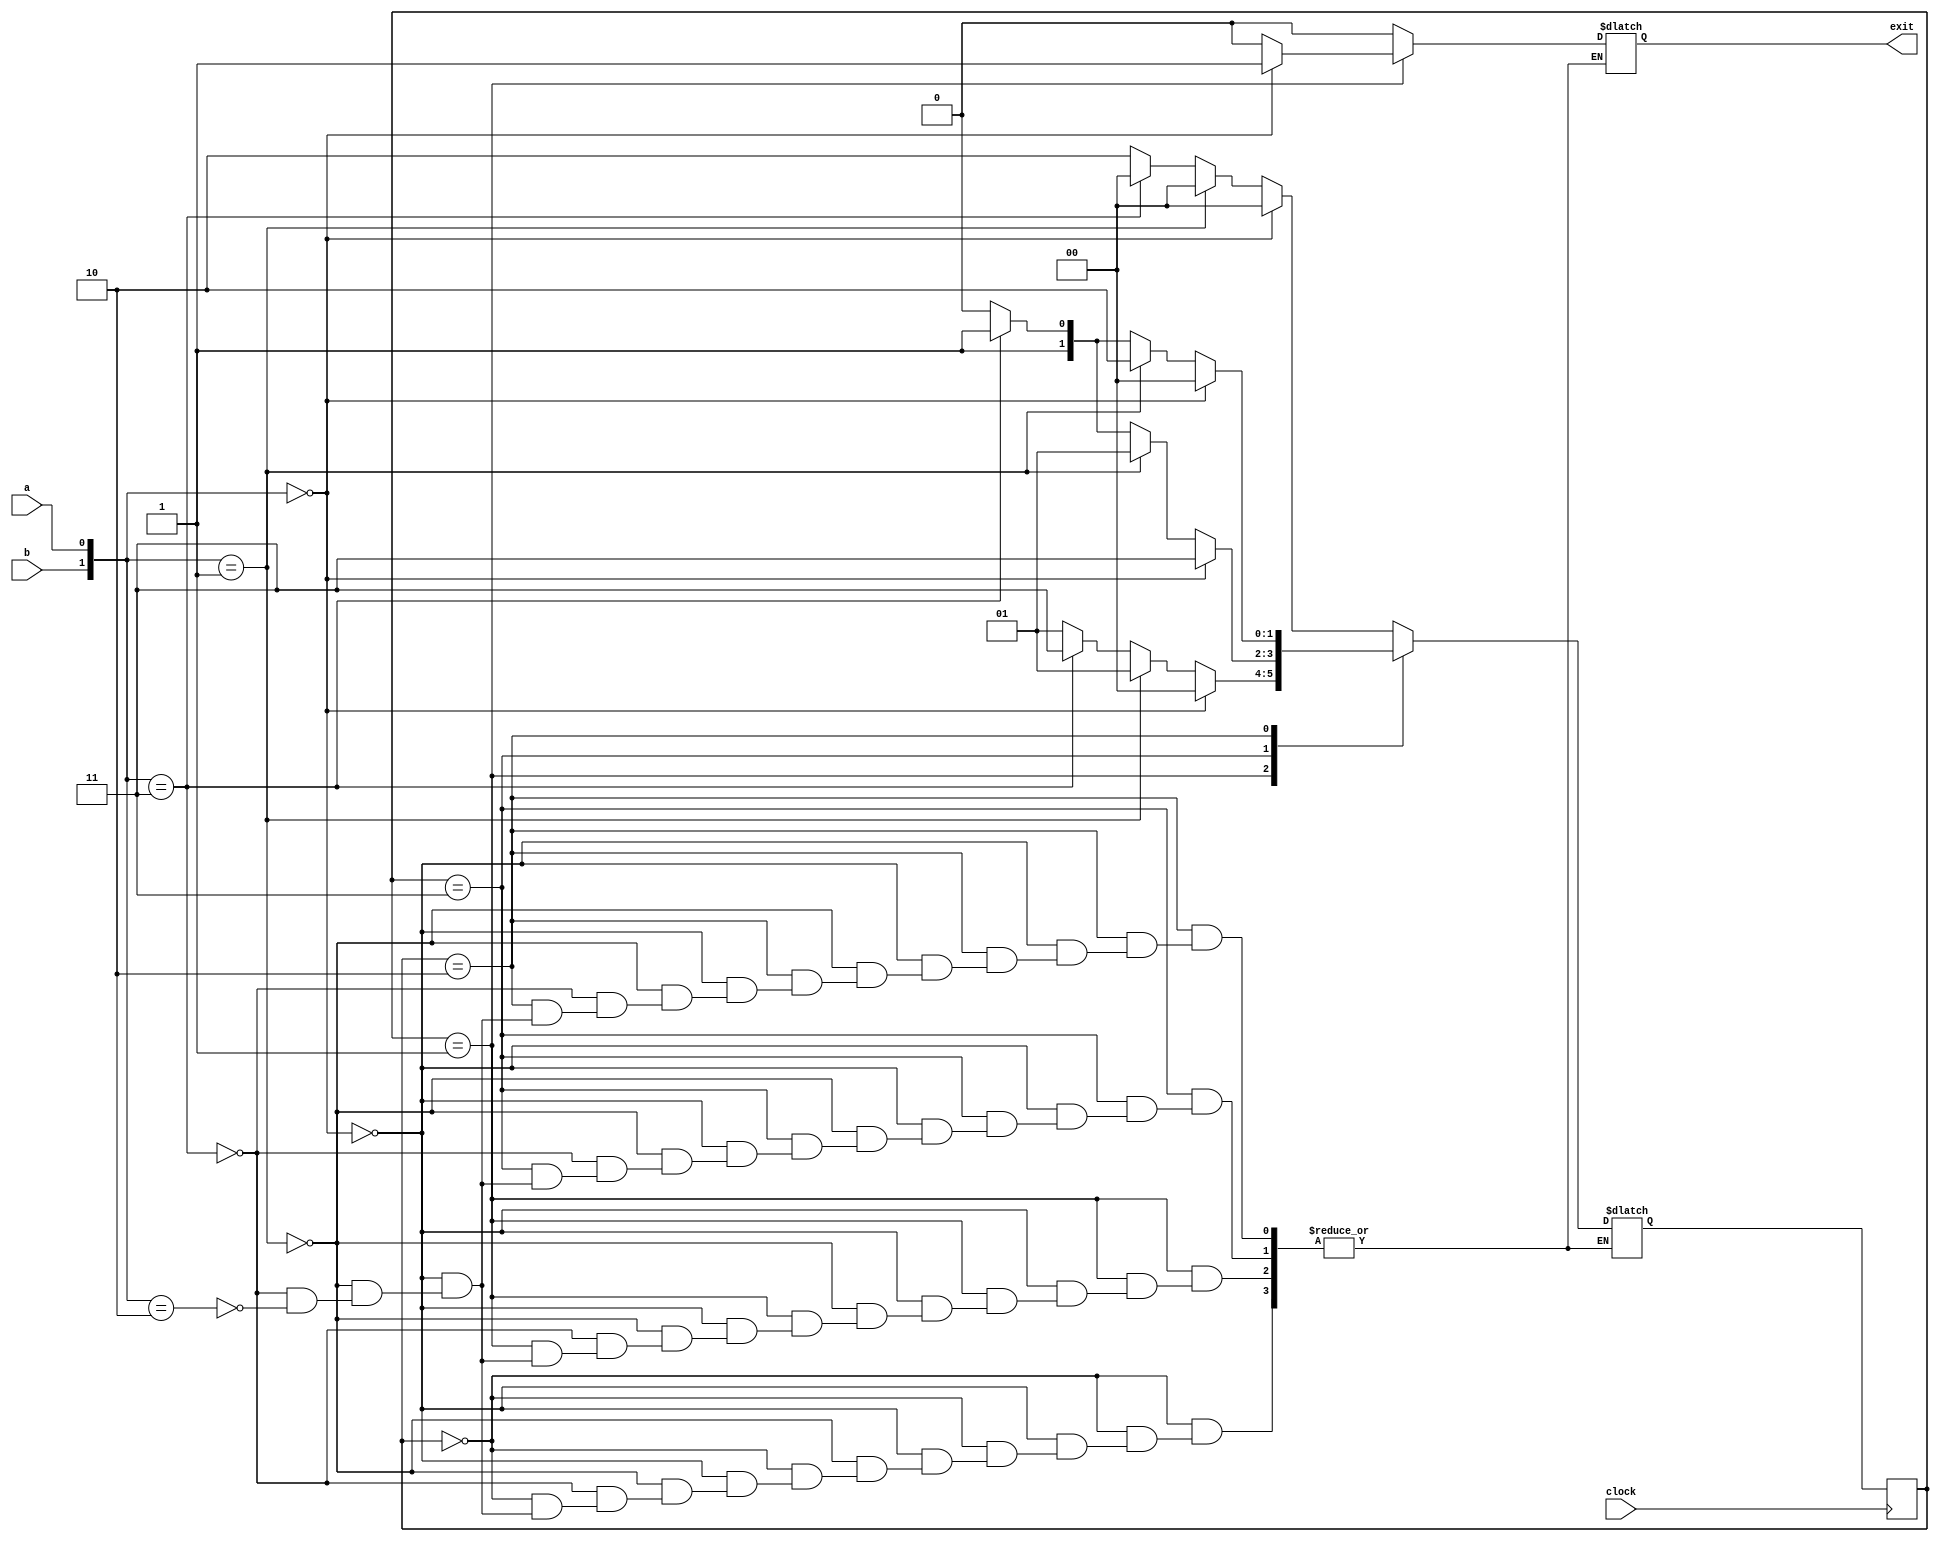
module exit_fsm
    (input a, input b, input clock,
    output reg exit);
    reg [1:0]y, Y;
    parameter [1:0]A = 2'b00, B = 2'b01, C = 2'b11, D = 2'b10;
    always@(a, b, y) case (y)
        A: if ({b,a} == A) begin
            Y = A;
            exit = 0;
        end else if ({b,a} == B) begin
            Y = A;
            exit = 0;
        end else if ({b,a} == C) begin
            Y = A;
            exit = 0;
        end else if ({b,a} == D) begin
            Y = D;
            exit = 0;
        end
        B: if ({b,a} == A) begin
            Y = A;
            exit = 1;
        end else if ({b,a} == B) begin
            Y = B;
            exit = 0;
        end else if ({b,a} == C) begin
            Y = C;
            exit = 0;
        end else if ({b,a} == D) begin
            Y = B;
            exit = 0;
        end
        C: if ({b,a} == A) begin
            Y = C;
            exit = 0;
        end else if ({b,a} == B) begin
            Y = B;
            exit = 0;
        end else if ({b,a} == C) begin
            Y = C;
            exit = 0;
        end else if ({b,a} == D) begin
            Y = D;
            exit = 0;
        end
        D: if ({b,a} == A) begin
            Y = A;
            exit = 0;
        end else if ({b,a} == B) begin
            Y = D;
            exit = 0;
        end else if ({b,a} == C) begin
            Y = C;
            exit = 0;
        end else if ({b,a} == D) begin
            Y = D;
            exit = 0;
        end
    endcase
    
    always@(posedge clock)
        y <= Y;
        
endmodule